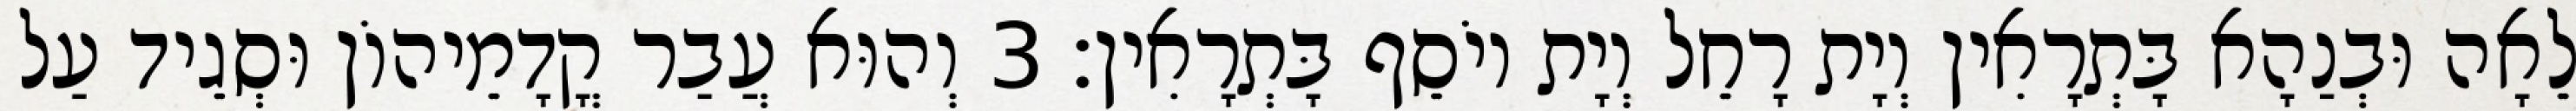
לֵאָה וּבְנַהָא בָּתְרָאִין וְיָת רָחֵל וְיָת יוֹסֵף בָּתְרָאִין׃ 3 וְהוּא עֲבַר קֳדָמֵיהוֹן וּסְגֵיד עַל